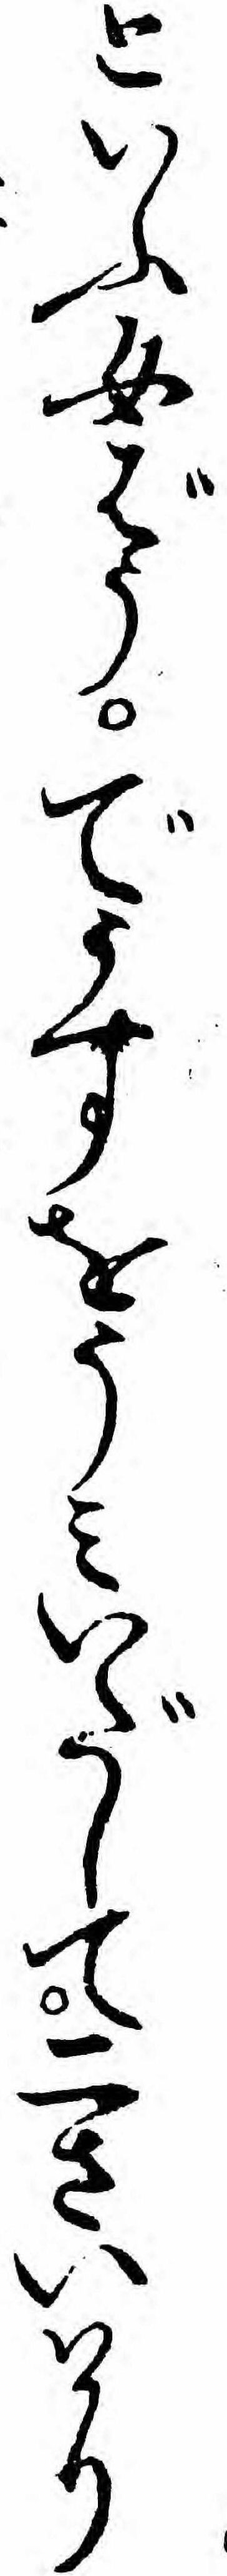
といふ女ばうでうすをうミいだして二さいハかり